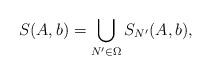
LaTeX: \begin{align*}S(A,b)=\bigcup_{N'\in\Omega} S_{N'}(A,b),\end{align*}